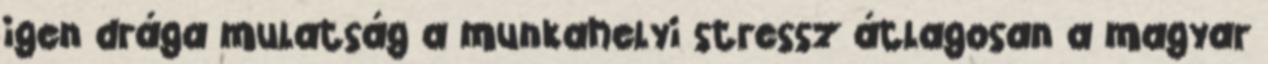
igen drága mulatság a munkahelyi stressz átlagosan a magyar